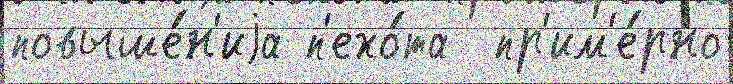
повыше́н'иjа п'ехо́та  пр'им'е́рно